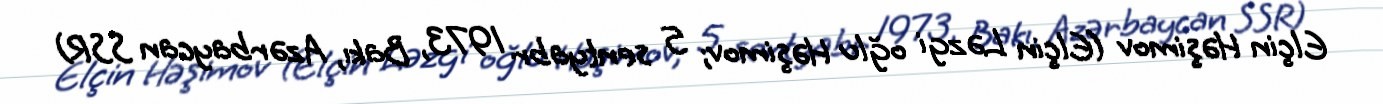
Elçin Həşimov (Elçin Ləzgi oğlu Həşimov; 5 sentyabr 1973, Bakı, Azərbaycan SSR)